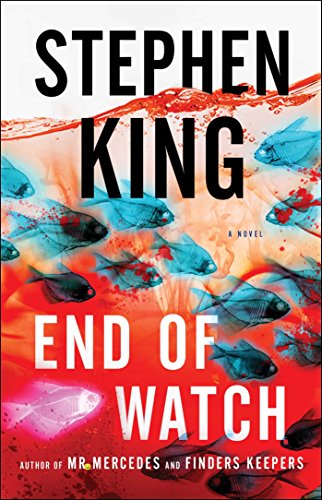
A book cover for End of Watch: A Novel (The Bill Hodges Trilogy); Stephen King; Mystery, Thriller & Suspense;